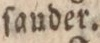
ſander.